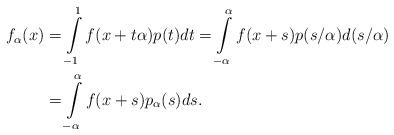
LaTeX: \begin{align*}f_{\alpha}(x) &= \int\limits_{-1}^{1} f(x+t\alpha) p(t) dt = \int\limits_{-\alpha}^{\alpha} f(x+s) p(s/\alpha) d(s/\alpha) \\ &= \int\limits_{-\alpha}^{\alpha} f(x+s) p_{\alpha}(s) ds.\end{align*}